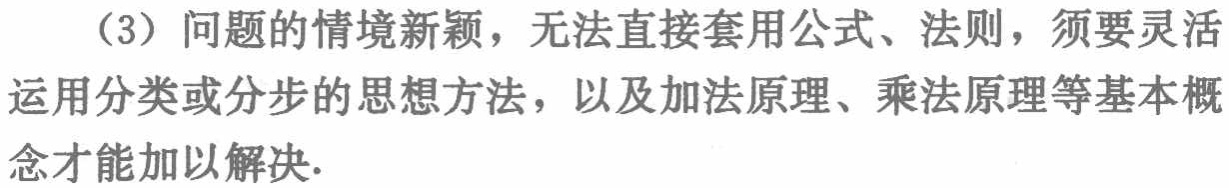
（3）问题的情境新颖，无法直接套用公式、法则，须要灵活运用分类或分步的思想方法，以及加法原理、乘法原理等基本概念才能加以解决.